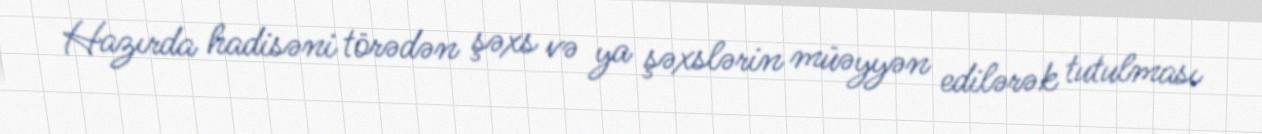
Hazırda hadisəni törədən şəxs və ya şəxslərin müəyyən edilərək tutulması